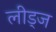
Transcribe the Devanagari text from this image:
लीड्ज